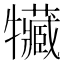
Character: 𤜐